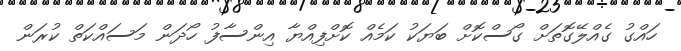
ހައްގު ގެއްލޭގޮތަށް ގޯސްކޮށް ބަޔަކު ކަމެއް ކޮށްފިއްޔާ އިންސާފު ހޯދަން މަސައްކަތް ކުރަން